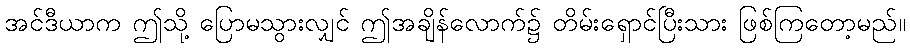
အင်ဒီယာက ဤသို့ ပြောမသွားလျှင် ဤအချိန်လောက်၌ တိမ်းရှောင်ပြီးသား ဖြစ်ကြတော့မည်။